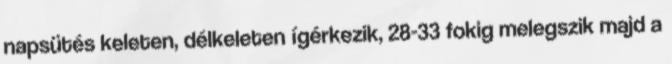
napsütés keleten, délkeleten ígérkezik, 28-33 fokig melegszik majd a